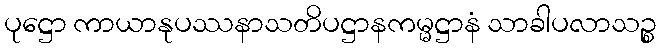
ပုဋ္ဌော ကာယာနုပဿနာသတိပဋ္ဌာနကမ္မဋ္ဌာနံ သာခါပလာသဉ္စ